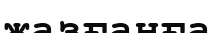
жазғанға